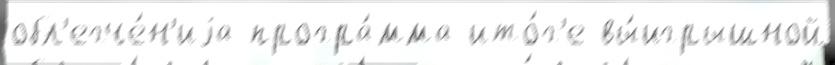
обл'егче́н'иjа програ́мма ито́г'е вы́игрышной